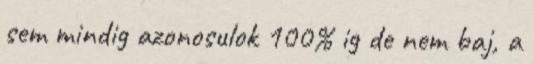
sem mindig azonosulok 100% ig de nem baj, a